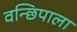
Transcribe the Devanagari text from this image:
वन्छिपाला